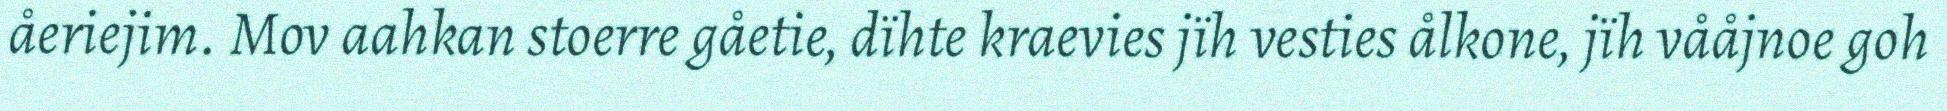
åeriejim. Mov aahkan stoerre gåetie, dïhte kraevies jïh vesties ålkone, jïh vååjnoe goh